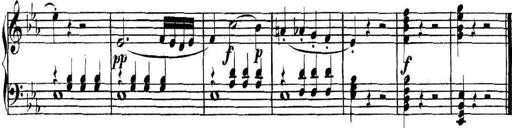
Title: Collected Piano Sonatas
Composer: Muzio Clementi